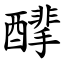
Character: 䤏